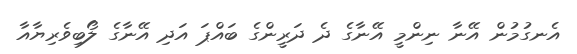
އެނގުމުން އޭނާ ނިންމީ އޭނާގެ ދެ ދަރީންގެ ބައްޕަ އަދި އޭނާގެ ލޯބިވެރިޔާއާ